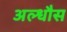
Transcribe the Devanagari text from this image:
अल्धौस